Notes on vaccination in the North-West Frontier Province 1923-1928 - 1923-1928
Year: 1923
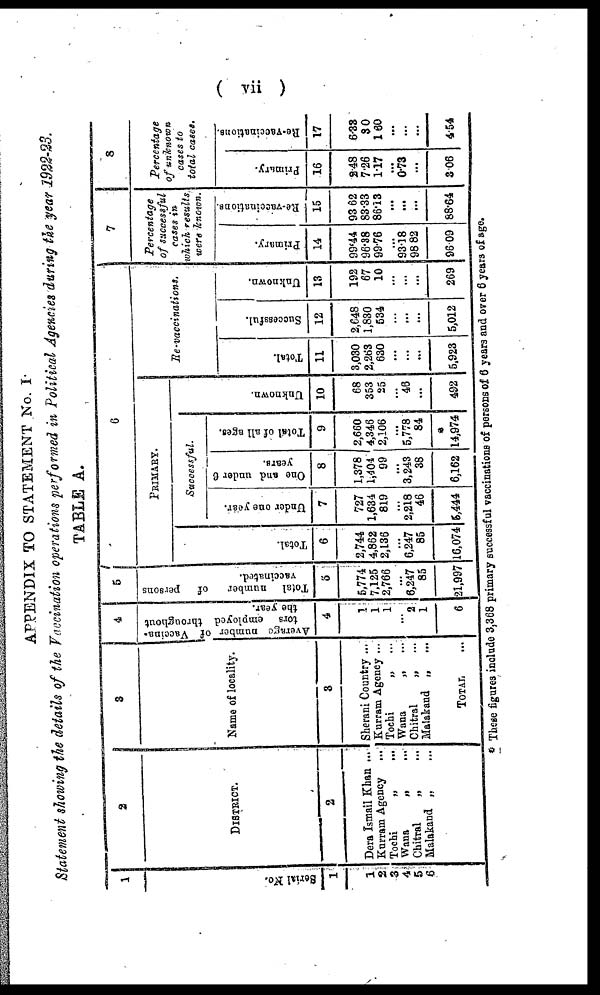
( vii )
APPENDIX TO STATEMENT No. I
Statement showing the details of the Vaccination operations performed in Political Agencies during the year 1922-23.
TABLE A.
1
Serial No.
1
1
2
3
4
5
6
2
DISTRICT.
2
Dera Ismail Khan ...
Kurram Agency ...
Tochi
„ ...
Wana „ ...
Chitral „ ...
Malakand „ ...
3
Name of locality.
3
Sherani Country ...
Kurram Agency ...
Tochi
„
...
Wana
„ ...
Chitral
„ ...
Malakand „
...
TOTAL ...
4
Average number of Vaccina¬
tors employed throughout
the year.
4
1
1
1
...
2
1
6
5
Total number
of persons
vaccinated.
5
5,774
7,125
2,766
...
6,247
85
21,997
6
PRIMARY.
Total.
6
2,744
4,862
2,136
...
6,247
85
16,074
Successful.
Under one year.
7
727
1,634
819
...
2,218
46
5,444
One and under 6
years.
8
1,378
1,404
99
...
3,243
38
6,162
Total of all ages.
9
2,660
4,346
2,106
...
5,778
84
*
14,974
Unknown.
10
68
353
25
...
46
...
492
Re-vaccinations.
Total.
11
3,030
2,263
630
...
...
...
5,923
Successful.
12
2,648
1,830
534
... ...
...
5,012
Unknown.
13
192
67
10
...
...
...
269
7
Percentage
of successful
cases in
which results
were known.
Primary.
14
99.44
96.38
99.76
...
93.18
98.82
96.09
Re -
va c c i
na t
i
ons .
15
93.62
83.33
86.13
...
...
...
88.64
8
Percentage
of unknown
cases to
total cases.
Primary.
16
2.48
7.26
1.17
...
0.73
...
3.06
Re-vaccinations.
17
6.33
3.0
160
...
...
...
4.54
* These figures include 3,368 primary successful vaccinations of persons of 6 years and over 6 years of age.